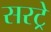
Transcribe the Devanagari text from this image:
सरट्रे